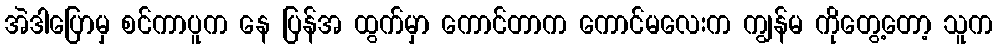
အဲဒါပြောမှ စင်ကာပူက နေ ပြန်အ ထွက်မှာ ကောင်တာက ကောင်မလေးက ကျွန်မ ကိုတွေ့တော့ သူက